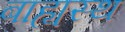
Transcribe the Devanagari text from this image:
बाह्यस्थ